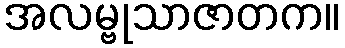
အလမ္ဗုသာဇာတက။